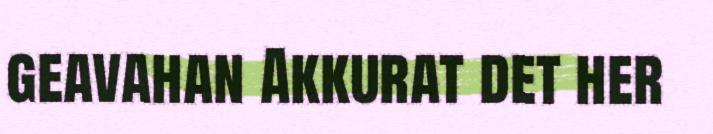
geavahan Akkurat det her